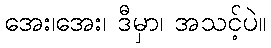
အေး၊အေး၊ ဒီမှာ၊ အသင့်ပဲ။